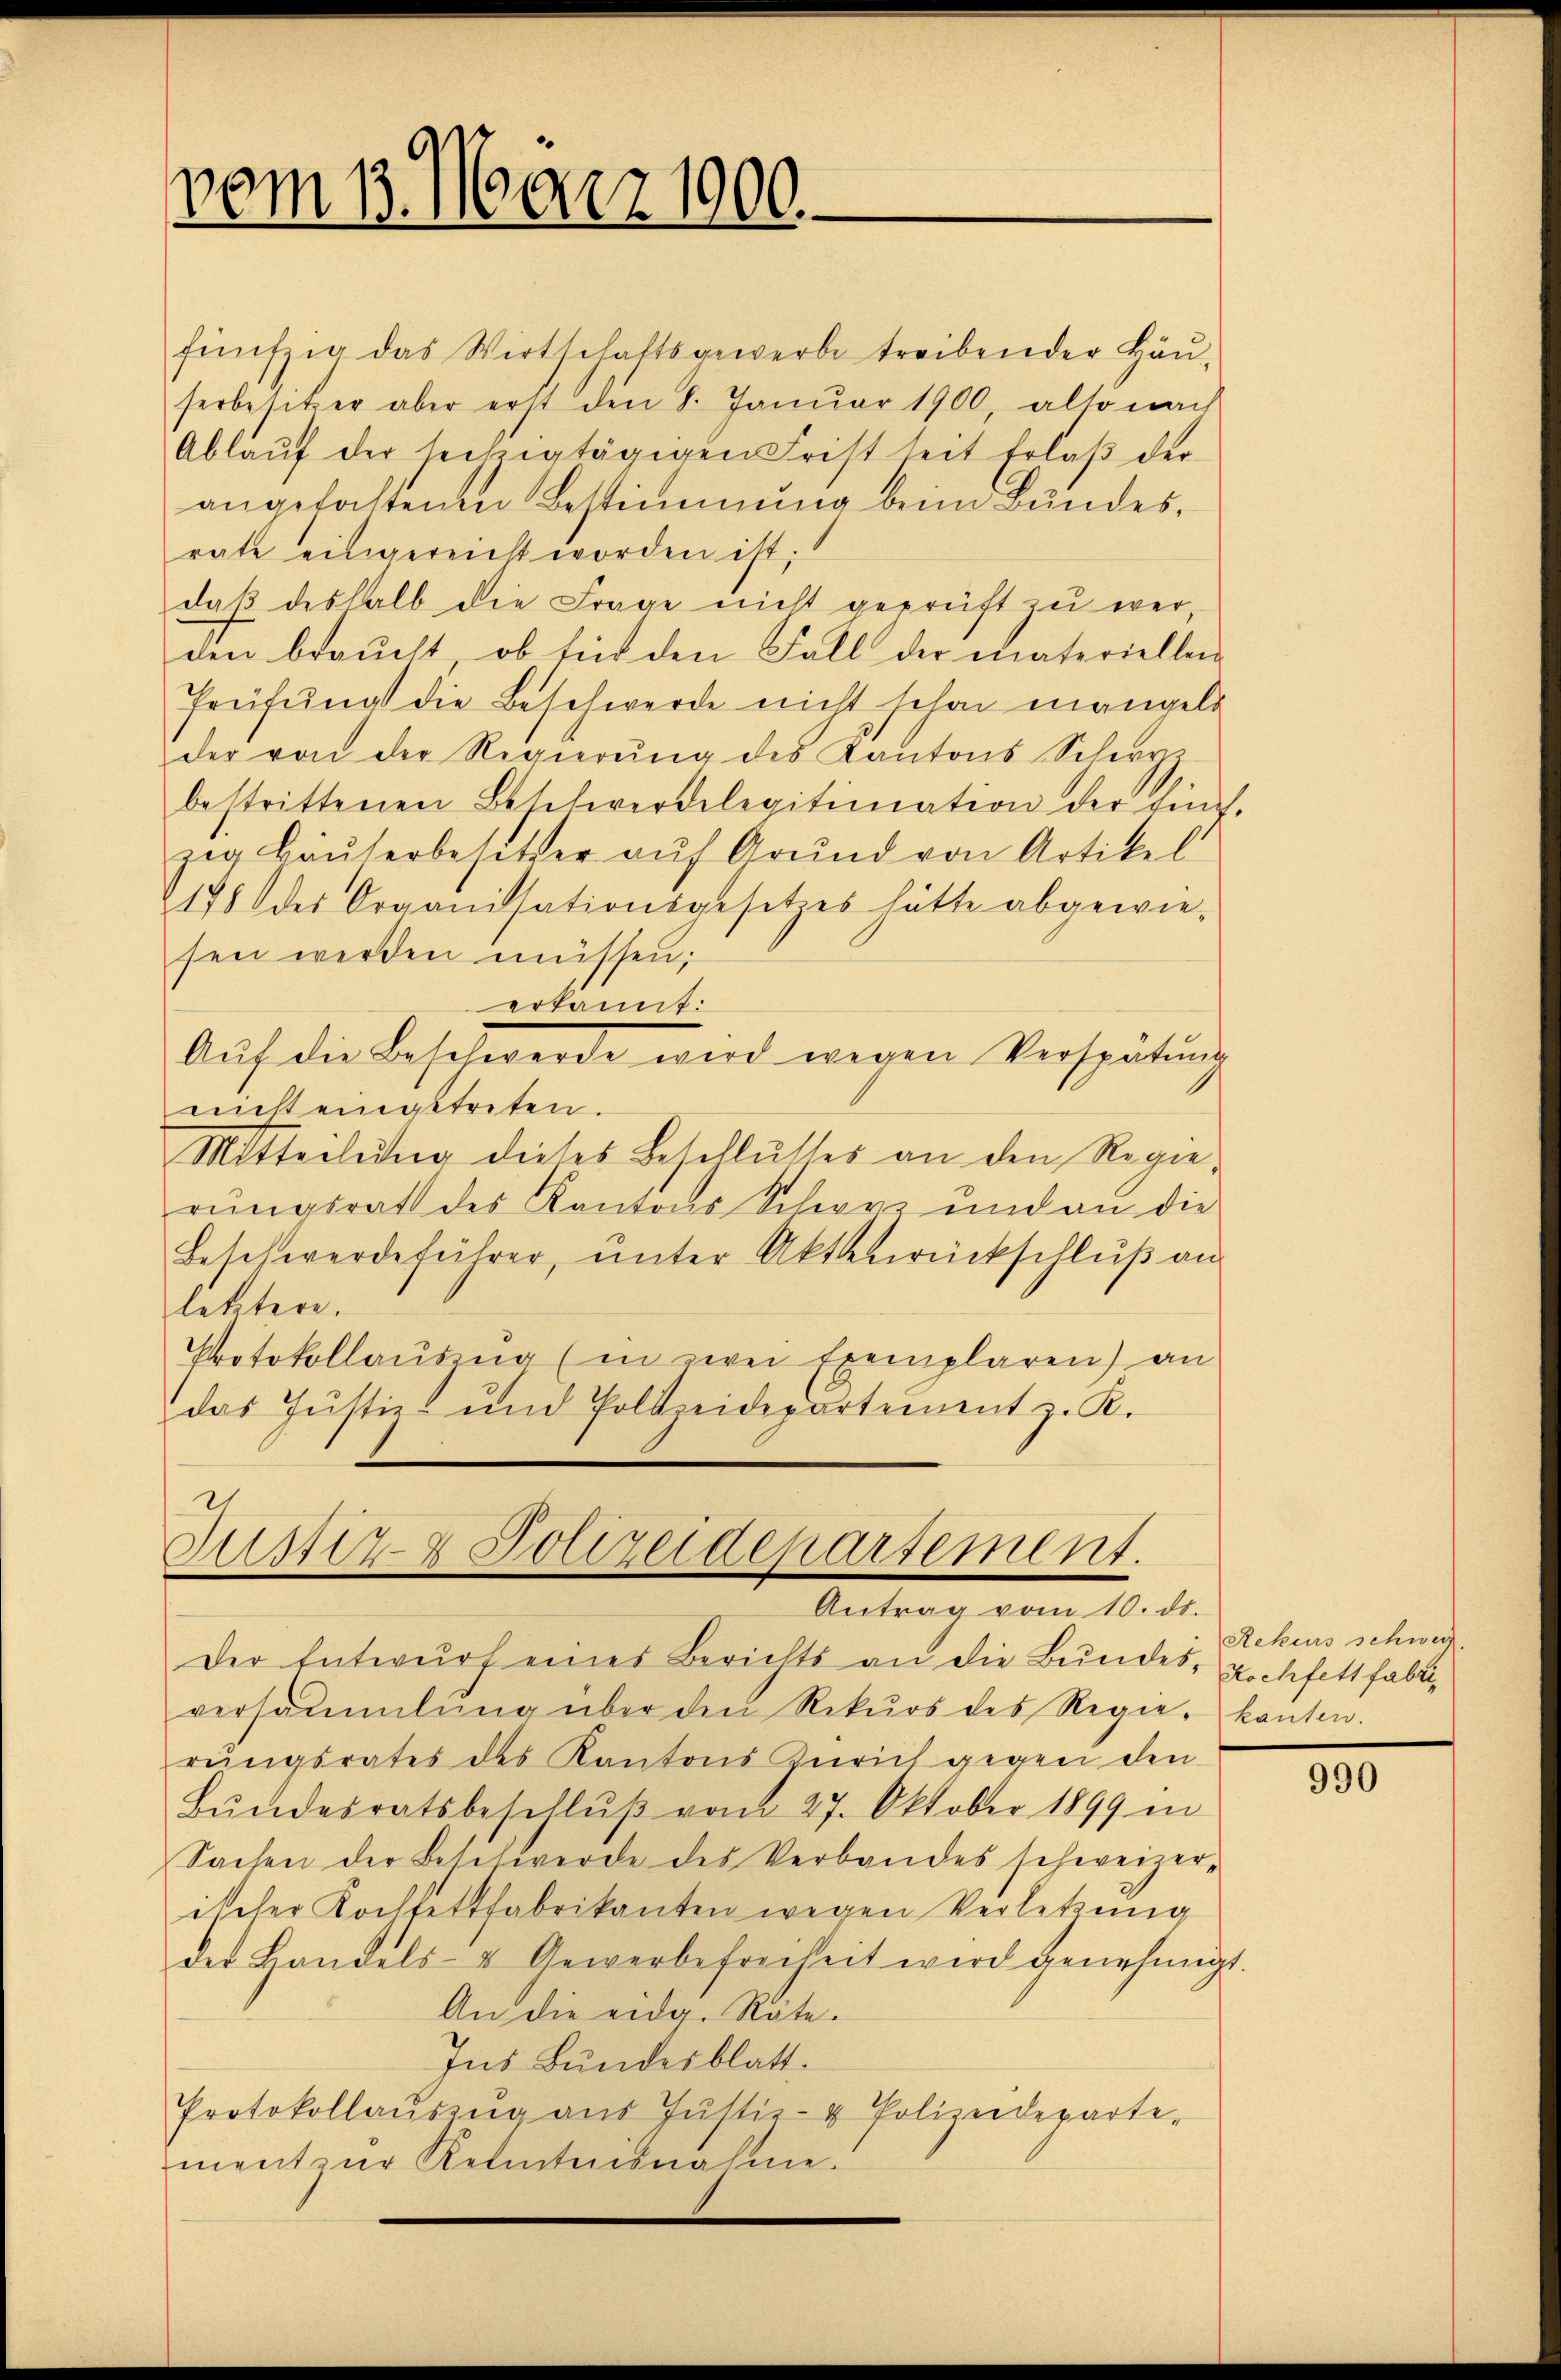
vom 13. März 1900.

fünfzig das Wirtschaftsgewerbe treibender Häuserbesitzer aber erst den 8. Januar 1900, also nach
Ablaŭf der sechzigtägigen Frist seit Erlaβ der
angefaltenen Bestimmung beim Bundes,
rate eingereicht worden ist;
daß deshalb die Frage nicht geprüft zu werden braucht, ob für den Fall der materiellen
Prüfung die Beschwerde nicht schon mangels
der von der Regierŭng des Kantons Sch
bestrittenen Beschwerdelegitimation der Ein-
zig Bäŭserbesitzer aŭf Grŭnd von Artikel
178 des Organisationsgesetzes hätte abgewie-
sen werden müssen;
erkannt:
Auf die Beschwerde wird wegen Verspätung
nicht eingetreten.
Mitteilung dieses Beschlusses an den Regierŭngsrath des Kantons Schwyz und an die
Beschwerdeführer, ŭnter Aktenrückschlŭβ an
letztere.
Protokollaŭszŭg (in zwei Exemplaren) an
das Justiz- und Polizeidepartement z. K.

Justiz & Polizeidepartement.
Antrag vom 10. ds.

Der Entwurf eines Berichts an die Bundes- Hochfett habe,
versammlung über den Rekŭrs des Regie- kanton.
rŭngsrates des Kantons Zürich gegen den
Bŭndesratsbeschlŭβ vom 27. Oktober 1899 in
Sachen der Beschwerde des Verbandes schweizerischer Kochfettfabrikanten wegen Verletzung
der Handels- & Gewerbefreiheit wird genehmigt
An die eidg. Räte.
Ins Bundesblatt.
Protokollaŭszŭg aŭs Jŭstiz- u Polizeideparte-
ment zur Kenntnisnahme.

Rekurs schweiz.

1.

990